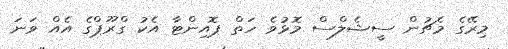
މިރޭގެ މެޗުން ސީޝެލްސް މޮޅުވެ ހަތް ޕޮއިންޓާ އެކު ގްރޫޕްގެ އެއް ވަނަ